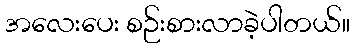
အလေးပေး စဉ်းစားလာခဲ့ပါတယ်။